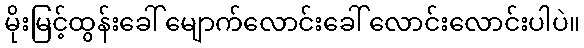
မိုးမြင့်ထွန်းခေါ် မျောက်လောင်းခေါ် လောင်းလောင်းပါပဲ။